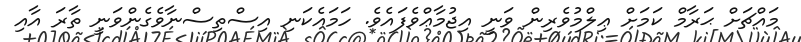
މައްޗަށް ޙަރާމް ކަމަށް ޢިލްމުވެރިން ވަނީ އިޖުމާޢްވެފައެވެ. ހަމައެކަނި އިސްތިސްނާވެގެންވަނީ ތާރަ އާއި